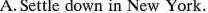
A. Settle down in New York.